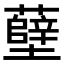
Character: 𫊎